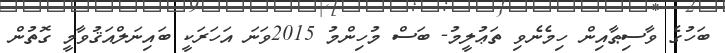
ބަހުގެ ވާސިޠާއިން ހިމެނެވި ތަޢުލީމު- ބަސް މުހިންމު 2015ވަނަ އަހަރަކީ ބައިނަލްއަޤުވާމީ ގޮތުން